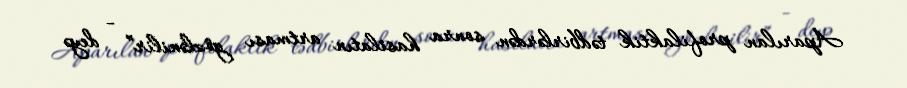
Aparılan profilaktik tədbirlərdən sonra hasilatın artması gözlənilir” - deyə